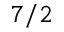
7 / 2